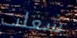
شغلت